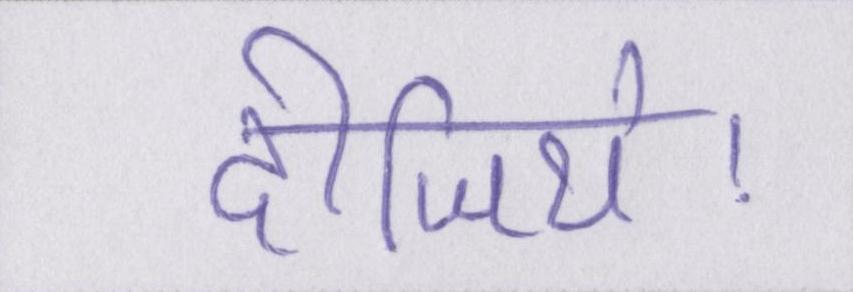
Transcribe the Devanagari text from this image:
दीजिये।